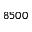
8 5 0 0